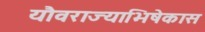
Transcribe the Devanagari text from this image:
यौवराज्याभिषेकास